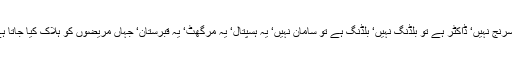
یہ ہسپتال جن میں قینچی ہے تو کاٹن نہیں‘ ٹیکہ ہے تو سرنج نہیں‘ ڈاکٹر ہے تو بلڈنگ نہیں‘ بلڈنگ ہے تو سامان نہیں‘ یہ ہسپتال‘ یہ مرگھٹ‘ یہ قبرستان‘ جہاں مریضوں کو ہلاک کیا جاتا ہے‘ جہاں حاملہ عورتیں بچوں کو فرش پر جنم دیتی ہیں۔